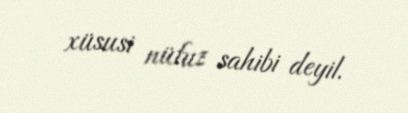
xüsusi nüfuz sahibi deyil.